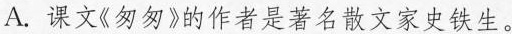
A.课文《匆匆》的作者是著名散文家史铁生。